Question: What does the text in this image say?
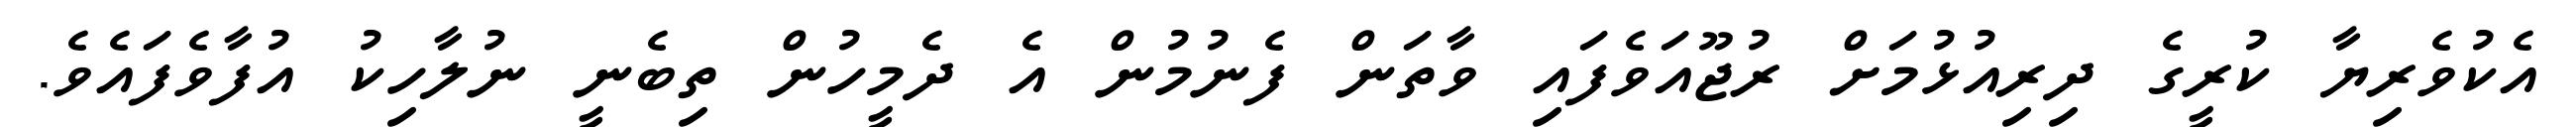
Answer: އެކުވެރިޔާ ކުރީގެ ދިރިއުޅުމަށް ރުޖޫއަވެފައި ވާތަން ފެނުމުން އެ ދެމީހުން ތިބެނީ ނުލާހިކު އުފާވެފައެވެ.